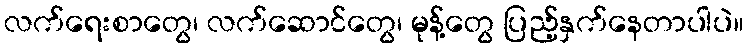
လက်ရေးစာတွေ၊ လက်ဆောင်တွေ၊ မုန့်တွေ ပြည့်နှက်နေတာပါပဲ။